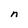
Character: n